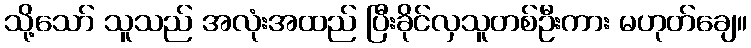
သို့သော် သူသည် အလုံးအထည် ပြီးခိုင်လှသူတစ်ဦးကား မဟုတ်ချေ။